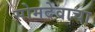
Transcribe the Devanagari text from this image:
सोमदेवाचा